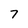
Character: 7